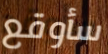
سأوقع